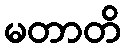
မတာတိ